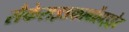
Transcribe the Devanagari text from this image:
सैकेराइडकार्बोहाइड्रेट